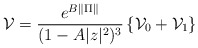
\begin{align*}\mathcal{V} = \frac{e^{B\|\Pi\|}}{(1-A|z|^2)^3} \left\{\mathcal{V}_0 + \mathcal{V}_1\right\} \end{align*}